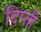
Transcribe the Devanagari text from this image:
दिप्ती